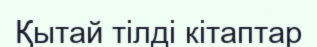
Қытай тілді кітаптар